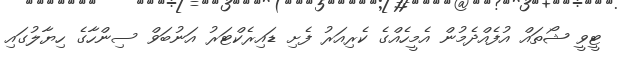
ޓީވީ ޝޯތައް އުފެއްދެމުން އެމީހެއްގެ ކެރިއަރު ފެށި ޑައިރެކްޓަރު އަނުބަވް ސިންހާގެ ހިޔާލުގައި